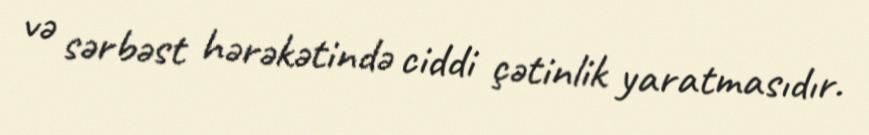
və sərbəst hərəkətində ciddi çətinlik yaratmasıdır.